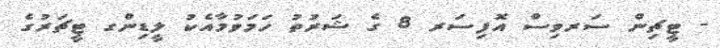
- ޓީޗިން ސަރވިސް އޮފިސަރ 8 ގެ ޝަރުތު ހަމަވުމާއެކު ލީޑިންގ ޓީޗަރުގެ